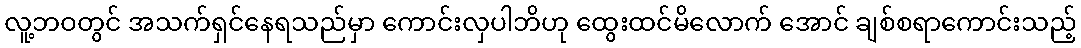
လူ့ဘဝတွင် အသက်ရှင်နေရသည်မှာ ကောင်းလှပါဘိဟု ထွေးထင်မိလောက် အောင် ချစ်စရာကောင်းသည့်